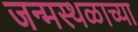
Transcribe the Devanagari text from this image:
जन्मस्थळाच्या